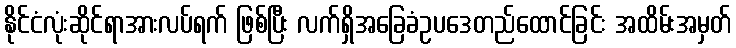
နိုင်ငံလုံးဆိုင်ရာအားလပ်ရက် ဖြစ်ပြီး လက်ရှိအခြေခံဥပဒေတည်ထောင်ခြင်း အထိမ်းအမှတ်